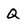
Character: Q